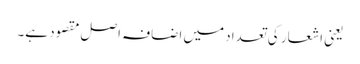
یعنی اشعار کی تعداد میں اضافہ اصل مقصود ہے۔